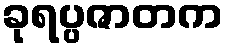
ခုရပ္ပဇာတက